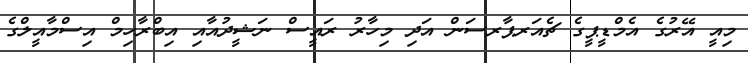
މިއީ އޭރުގެ އެމްޑީޕީގެ ޗެއަރޕާރސަން އަދި މިހާރު ރައީސް ނަޝީދުއާއި އިބްރާހިމް އިސްމާއީލްގެ